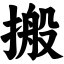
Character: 搬